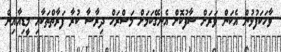
ވާހަކަފުޅުން އެކަން ވަރަށް ސާފުކޮށް އެނގޭކަމަށް މަސްރަހް ދިރާސާ ކުރާ ފަރާތްތަކާއި މީޑިއާއިން